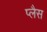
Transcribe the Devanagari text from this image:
प्लैस